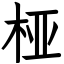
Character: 桠